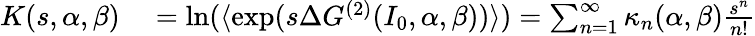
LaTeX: \begin{array}{rl}{K(s,\alpha,\beta)}&{{}=\ln(\langle\exp(s\Delta G^{(2)}(I_{0},\alpha,\beta))\rangle)=\sum_{n=1}^{\infty}{\kappa_{n}(\alpha,\beta)\frac{s^{n}}{n!}}}\end{array}